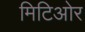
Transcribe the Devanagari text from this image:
मिटिओर